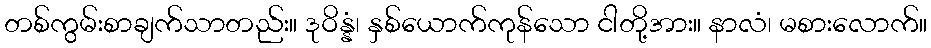
တစ်ကွမ်းစာချက်သာတည်း။ ဒုဝိန္နံ၊ နှစ်ယောက်ကုန်သော ငါတို့အား။ နာလံ၊ မစားလောက်။